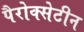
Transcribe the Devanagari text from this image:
पैरोक्सेटीन